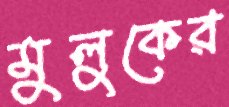
মুলুকের